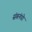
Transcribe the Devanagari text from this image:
संबनंधो